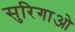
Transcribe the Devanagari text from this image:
सुरिगाओ